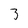
Character: 3